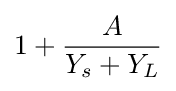
1+{\frac {A}{Y_{s}+Y_{L}}}